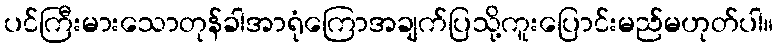
ပင်ကြီးမားသောတုန်ခါအာရုံကြောအချက်ပြသို့ကူးပြောင်းမည်မဟုတ်ပါ။